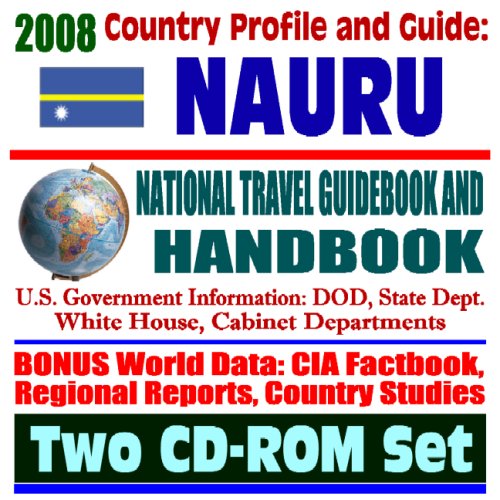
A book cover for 2008 Country Profile and Guide to Nauru- National Travel Guidebook and Handbook - U.S. Relations, World War II, Energy Department Radiation Measurements (Two CD-ROM Set); U.S. Government; Travel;